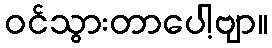
ဝင်သွားတာပေါ့ဗျာ။